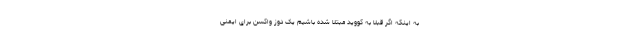
به اینکه اگر قبلا به کووید مبتلا شده باشیم یک دوز واکسن برای ایمنی